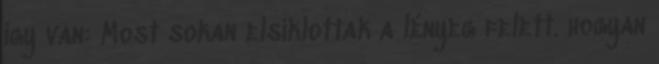
így van: Most sokan elsiklottak a lényeg felett. hogyan